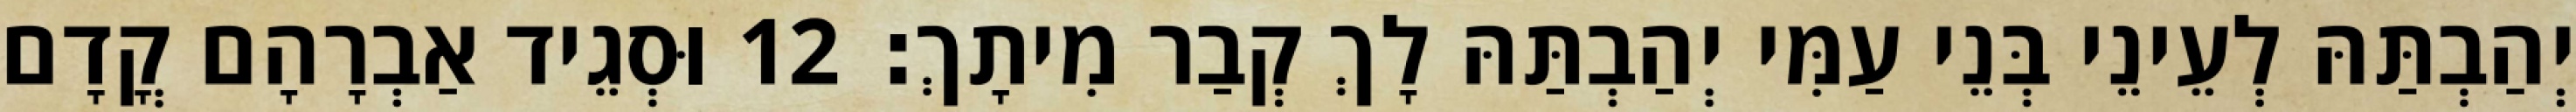
יְהַבְתַּהּ לְעֵינֵי בְּנֵי עַמִּי יְהַבְתַּהּ לָךְ קְבַר מִיתָךְ׃ 12 וּסְגֵיד אַבְרָהָם קֳדָם